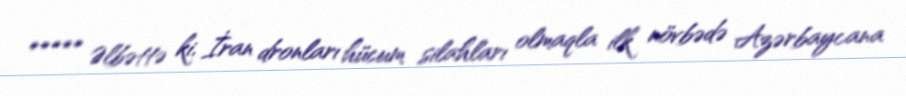
***** Əlbəttə ki, İran dronları hücum silahları olmaqla ilk növbədə Azərbaycana